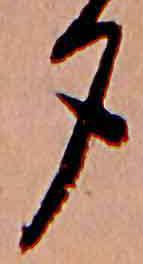
夕